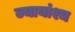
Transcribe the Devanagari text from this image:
ज्यायांश्च